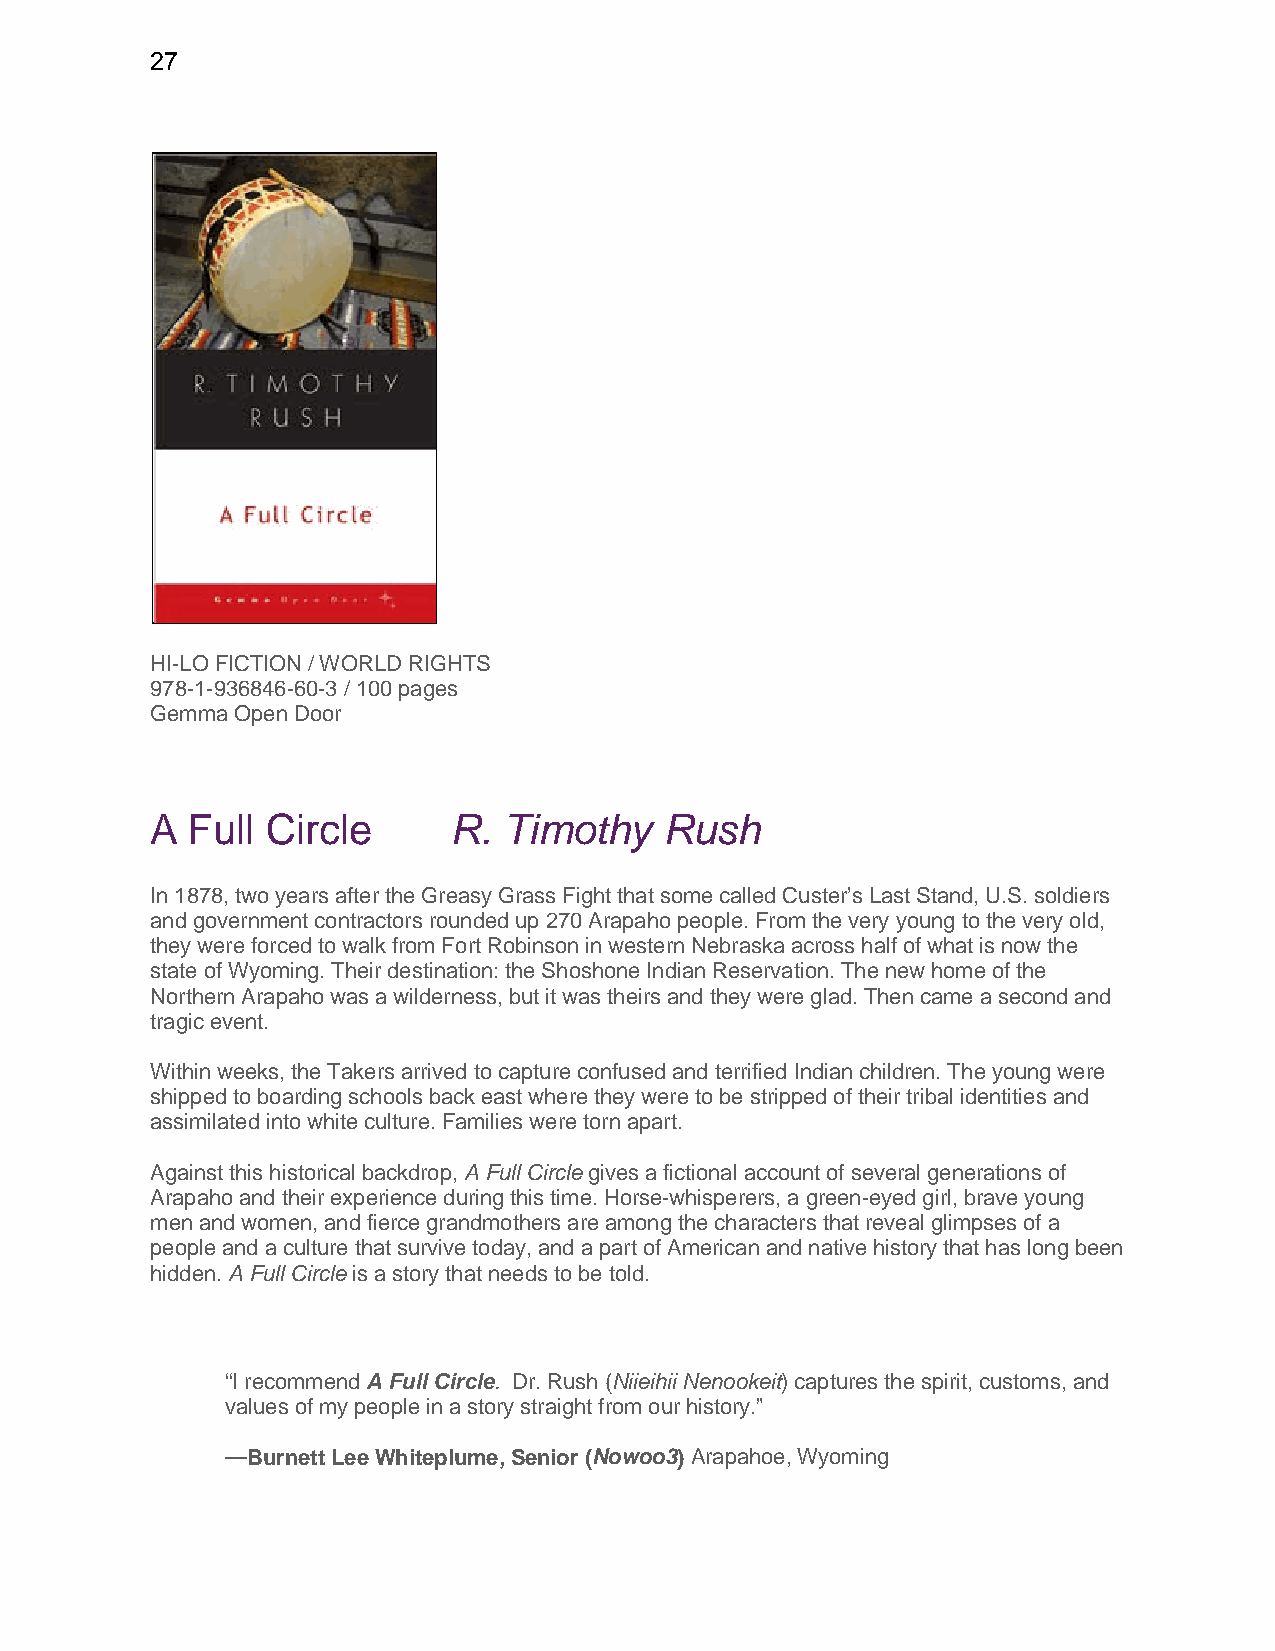
27
 HI-LO FICTION / WORLD RIGHTS
 978-1-936846-60-3 / 100 pages
 Gemma Open Door
 A Full  Circle      R. Timothy    Rush
 In 1878, two years after the Greasy Grass Fight that some called Custer’s Last Stand, U.S. soldiers
 and government contractors rounded up 270 Arapaho people. From the very young to the very old,
 they were forced to walk from Fort Robinson in western Nebraska across half of what is now the
 state of Wyoming. Their destination: the Shoshone Indian Reservation. The new home of the
 Northern Arapaho was a wilderness, but it was theirs and they were glad. Then came a second and
 tragic event.
 Within weeks, the Takers arrived to capture confused and terrified Indian children. The young were
 shipped to boarding schools back east where they were to be stripped of their tribal identities and
 assimilated into white culture. Families were torn apart.
 Against this historical backdrop, A Full Circle gives a fictional account of several generations of
 Arapaho and their experience during this time. Horse-whisperers, a green-eyed girl, brave young
 men and women, and fierce grandmothers are among the characters that reveal glimpses of a
 people and a culture that survive today, and a part of American and native history that has long been
 hidden. A Full Circle is a story that needs to be told.
 “I recommend A Full Circle. Dr. Rush (Niieihii Nenookeit) captures the spirit, customs, and
 values of my people in a story straight from our history.”
 —Burnett Lee Whiteplume, Senior (Nowoo3) Arapahoe, Wyoming